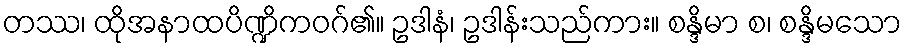
တဿ၊ ထိုအနာထပိဏ္ဍိကဝဂ်၏။ ဥဒါနံ၊ ဥဒါန်းသည်ကား။ စန္ဒိမာ စ၊ စန္ဒိမသော